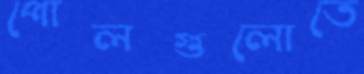
পোলগুলোতে